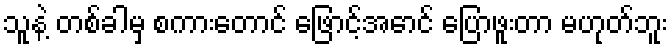
သူနဲ့ တစ်ခါမှ စကားတောင် ဖြောင့်အောင် ပြောဖူးတာ မဟုတ်ဘူး